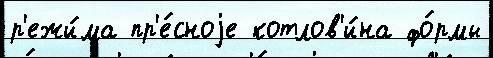
р'ежи́ма пр'е́сноjе котлов'и́на фо́рмы